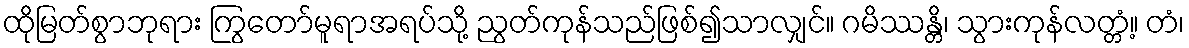
ထိုမြတ်စွာဘုရား ကြွတော်မူရာအရပ်သို့ ညွတ်ကုန်သည်ဖြစ်၍သာလျှင်။ ဂမိဿန္တိ၊ သွားကုန်လတ္တံ့။ တံ၊